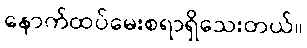
နောက်ထပ်မေးစရာရှိသေးတယ်။